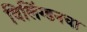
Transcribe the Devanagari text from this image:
विलिंग्डनचा